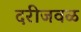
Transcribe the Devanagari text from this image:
दरीजवळ